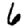
Digit: 6